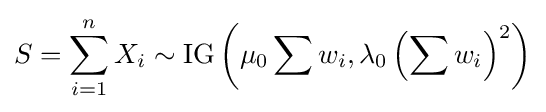
S=\sum _{i=1}^{n}X_{i}\sim \operatorname {IG} \left(\mu _{0}\sum w_{i},\lambda _{0}\left(\sum w_{i}\right)^{2}\right)